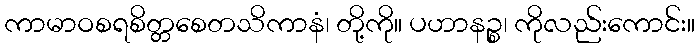
ကာမာဝစရစိတ္တစေတသိကာနံ၊ တို့ကို။ ပဟာနဉ္စ၊ ကိုလည်းကောင်း။